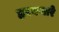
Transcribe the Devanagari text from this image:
हरवणारे